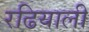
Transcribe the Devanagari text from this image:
रढियाली